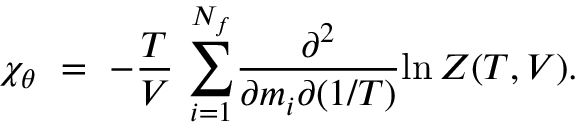
{ { \chi } _ { \theta } } ~ = ~ - { \frac { T } { V } } ~ { \sum _ { i = 1 } ^ { N _ { f } } } { \frac { \partial ^ { 2 } } { \partial m _ { i } \partial ( 1 / T ) } } { \ln { \cal { Z } ( T , V ) } } .